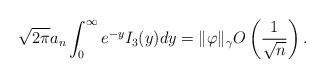
LaTeX: \begin{align*}\sqrt{2\pi} a_n \int_0^{\infty} e^{- y} I_3(y) dy = \|\varphi\|_{\gamma} O \left( \frac{1}{\sqrt{n}} \right). \end{align*}